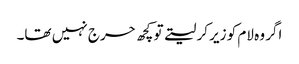
اگر وہ لام کو زیر کر لیتے تو کچھ حرج نہیں تھا۔